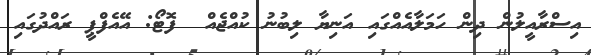
އިސްރާއީލުން ދިން ހަމަލާއެއްގައި އަނިޔާ ލިބުނު ކުއްޖެއް  ފޮޓޯ: އޭއެފްޕީ ރައްދުގައި